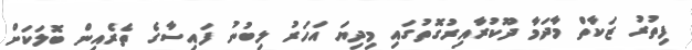
ފިތުރު ޒަކާތް މާދަމާ ދޫކުރާއިރުގޮތުގައި މިދިޔަ އަހަރު ލިބުނު ފައިސާގެ ތެރެއިން ބޮލަކަށް